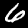
Label: 6